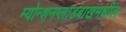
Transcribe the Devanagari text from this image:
म्योन्शनग्लाडबाखमधील